Report of the Indian Hemp Drugs Commission, 1894-1895 - Volume III
Year: 1894
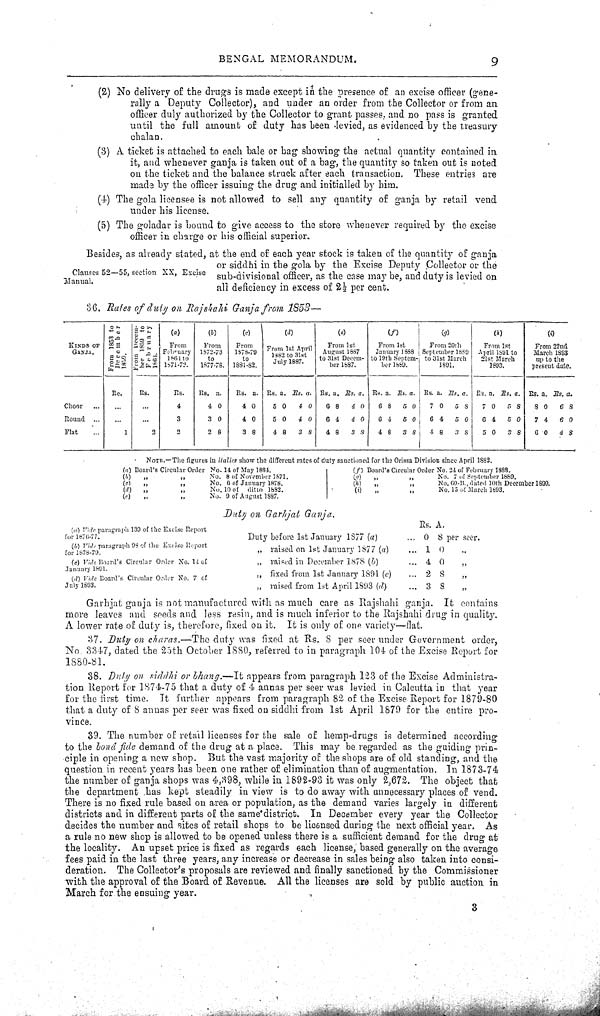
BENGAL MEMORANDUM.
9
Clauses 52—55, section XX, Excise
Manual.
(2) No delivery of the drugs is made except in the presence of an excise officer (gene-
rally a Deputy Collector), and under an order from the Collector or from an
officer duly authorized by the Collector to grant passes, and no pass is granted.
until the full amount of duty has been levied, as evidenced by the treasury
chalan.
(3) A ticket is attached to each bale or bag showing the actual quantity contained in
it, and whenever ganja is taken out of a bag, the quantity so taken out is noted
on the ticket and the balance struck after each transaction. These entries are
mad'3 by the officer issuing the drug and initialled by him.
(4) The gola licensee is not allowed to sell any quantity of ganja by retail vend
under his license.
(5) The goladar is bound to give access to the store whenever required by the excise
officer in charge or his official superior.
Besides, as already stated, at the end of each year stock is taken of the quantity of ganja
or siddhi in the gola by the Excise Deputy Collector or the
sub-divisional officer, as the case may be, and duty is levied on
all deficiency in excess of 21/2 per cent.
36. Rates of duty on Rajshahi Ganja from
1853—
KINDS
OF
From 1853 to
December
1860.
From Decem-
ber
1859 to
February
(a)
From
February
1861 to
1871-72.
(b)
From
1872-73
to
1877-78.
(c)
From
1878-79
to
1881-82.
(d)
From 1st April
1862 to 31st
July 1887.
(e)
From 1st.
August 1887
to 31st Decem-
ber 1887.
(f)
From 1st
January 1888
to 19th Septem-
ber
1889.
(g)
From 20th
September 1889
to 31st March
1891.
(h)
From 1st
April 1891 to
21st March
1893.
(i)
From 22nd
March 1893
up to the
present date.
Re.
Rs.
Rs.
Rs. a.
Rs. a. Rs. a. Rs. a. Rs. a. Rs. a. Rs. a. Rs. a. Rs. a. Rs. a. Rs. a. Rs. a. Rs. a. Rs. a.
Choor
4
4 0
4 0
5 0
4 0
6 8
4 0
6 8
5 0
7 0
5 8
7 0
5 8
8 0
6 8
Round
3
3 0
4 0
5 0
4 0
6 4
4 0
6 4
5 0
6 4
5 0
6 4
5 0
7 4
6 0
Flat
1
2
2
2 8
3 8
4 8
3 8
4 8
3 8
4 8
3 8
4 8
3 8
5 0
3 8
6 0
4 8
NOTE.—The figures in italics show the different rates of duty sanctioned for the Orissa Division since April 1882.
(a) Board's Circular Order No. 14 of May 1884.
(f) Board's Circular Order No. 24 of February 1888.
(b)
"
"
No. 8 of November 1871.
(g) " " No. 7 of September 1880.
(c)
"
"
No. 6 of January 1878.
(h) " " No. 60-B., dated 10th December 1890.
(d)
"
"
No. 10 of ditto 1882.
(i)
"
"
No. 15 of March 1693.
(e)
"
"
No. 9 of August 1887.
Duty on Garhjat Ganja.
(a) Vide paragraph 130 of the Excise Report
for 1876-77.
Rs. A.
(a) Vide paragraph 130 of the Excise Report
for 1876-77.
Duty before 1st January 1877 (a)
... 0 8 per seer.
(b) Vide paragraph 98 of the Excise Report
for 1878-79.
" raised on 1st January 1S77 (a)
... 1 0 "
(c) Vide Board's Circular Order No. 14 of
January 1891.
" raised in December 1878 (b)
... 4 0 "
(d) Vide Board's Circular Order No. 7 of
" fixed from 1st January 1891 (c)
... 2 8 "
July 1893.
" raised from 1st April 1893 (d)
... 3 8 "
Garhjat ganja is not manufactured with as much care as Rajshahi ganja. It contains
more leaves and seeds and less resin, and is much inferior to the Rajshahi drug in quality.
A lower rate of duty is, therefore, fixed on it. It is only of one variety—flat.
37. Duty on charas.—The
duty was fixed at Rs. 8 per seer under Government order,
No. 3347, dated the 23th October 1880, referred to in paragraph 104 of the Excise Report for
1880-81.
38. Duty on siddhi or bhang.—It
appears from paragraph 123 of the Excise Administra-
tion Report for 1874-75 that a duty of 4 annas per seer was levied in Calcutta in that year
for the first time. It further appears from paragraph 82 of the Excise Report for 1879-80
that a duty of 8 annas per seer was fixed on siddhi from 1st April 1879 for the entire pro-
vince.
39. The number of retail licenses for the sale of hemp-drugs is determined according
to the bond fide demand of the drug at a place. This may be regarded as the guiding prin-
ciple in opening a new shop. But the vast majority of the shops are of old standing, and the
question in recent years has been one rather of elimination than of augmentation. In 1873-74
the number of ganja shops was 4,898, while in 1892-93 it was only 2,673. The object that
the department has kept steadily in view is to do away with unnecessary places of vend.
There is no fixed rule based on area or population, as the demand varies largely in different
districts and in different parts of the same district. In December every year the Collector
decides the number and sites of retail shops to be licensed during the next official year. As
a rule no new shop is allowed to be opened unless there is a sufficient demand for the drug at
the locality. An upset price is fixed as regards each license, based generally on the average
fees paid in the last three years, any increase or decrease in sales being also taken into consi-
deration. The Collector's proposals are reviewed and finally sanctioned by the Commissioner
with the approval of the Board of Revenue. All the licenses are sold by public auction in
March for the ensuing year.
3